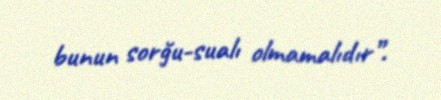
bunun sorğu-sualı olmamalıdır”.